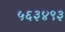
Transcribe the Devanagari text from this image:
५६३४९३